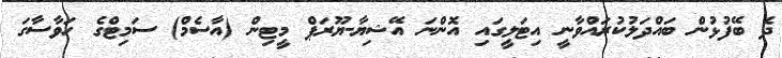
ދެ ބޭފުޅުން ބައްދަލުކުރައްވާނީ އިޓަލީގައި އޮންނަ އޭޝިޔާ-ޔޫރަޕް މީޓިން (އާސެމް) ސަމިޓްގެ ހަވާސާގަ